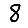
Digit: 8